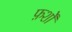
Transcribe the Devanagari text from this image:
फ़र्शों